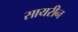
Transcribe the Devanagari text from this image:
सायरीन